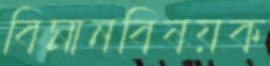
বিমানবিষয়ক